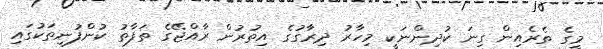
މީގެ ތެރެއިން ގިނަ ކުދިންނަކީ މިހާރު ދިރާގުގެ އިތުރުން ރާއްޖޭގެ ތަފާތު ކުންފުނިތަކުގައި